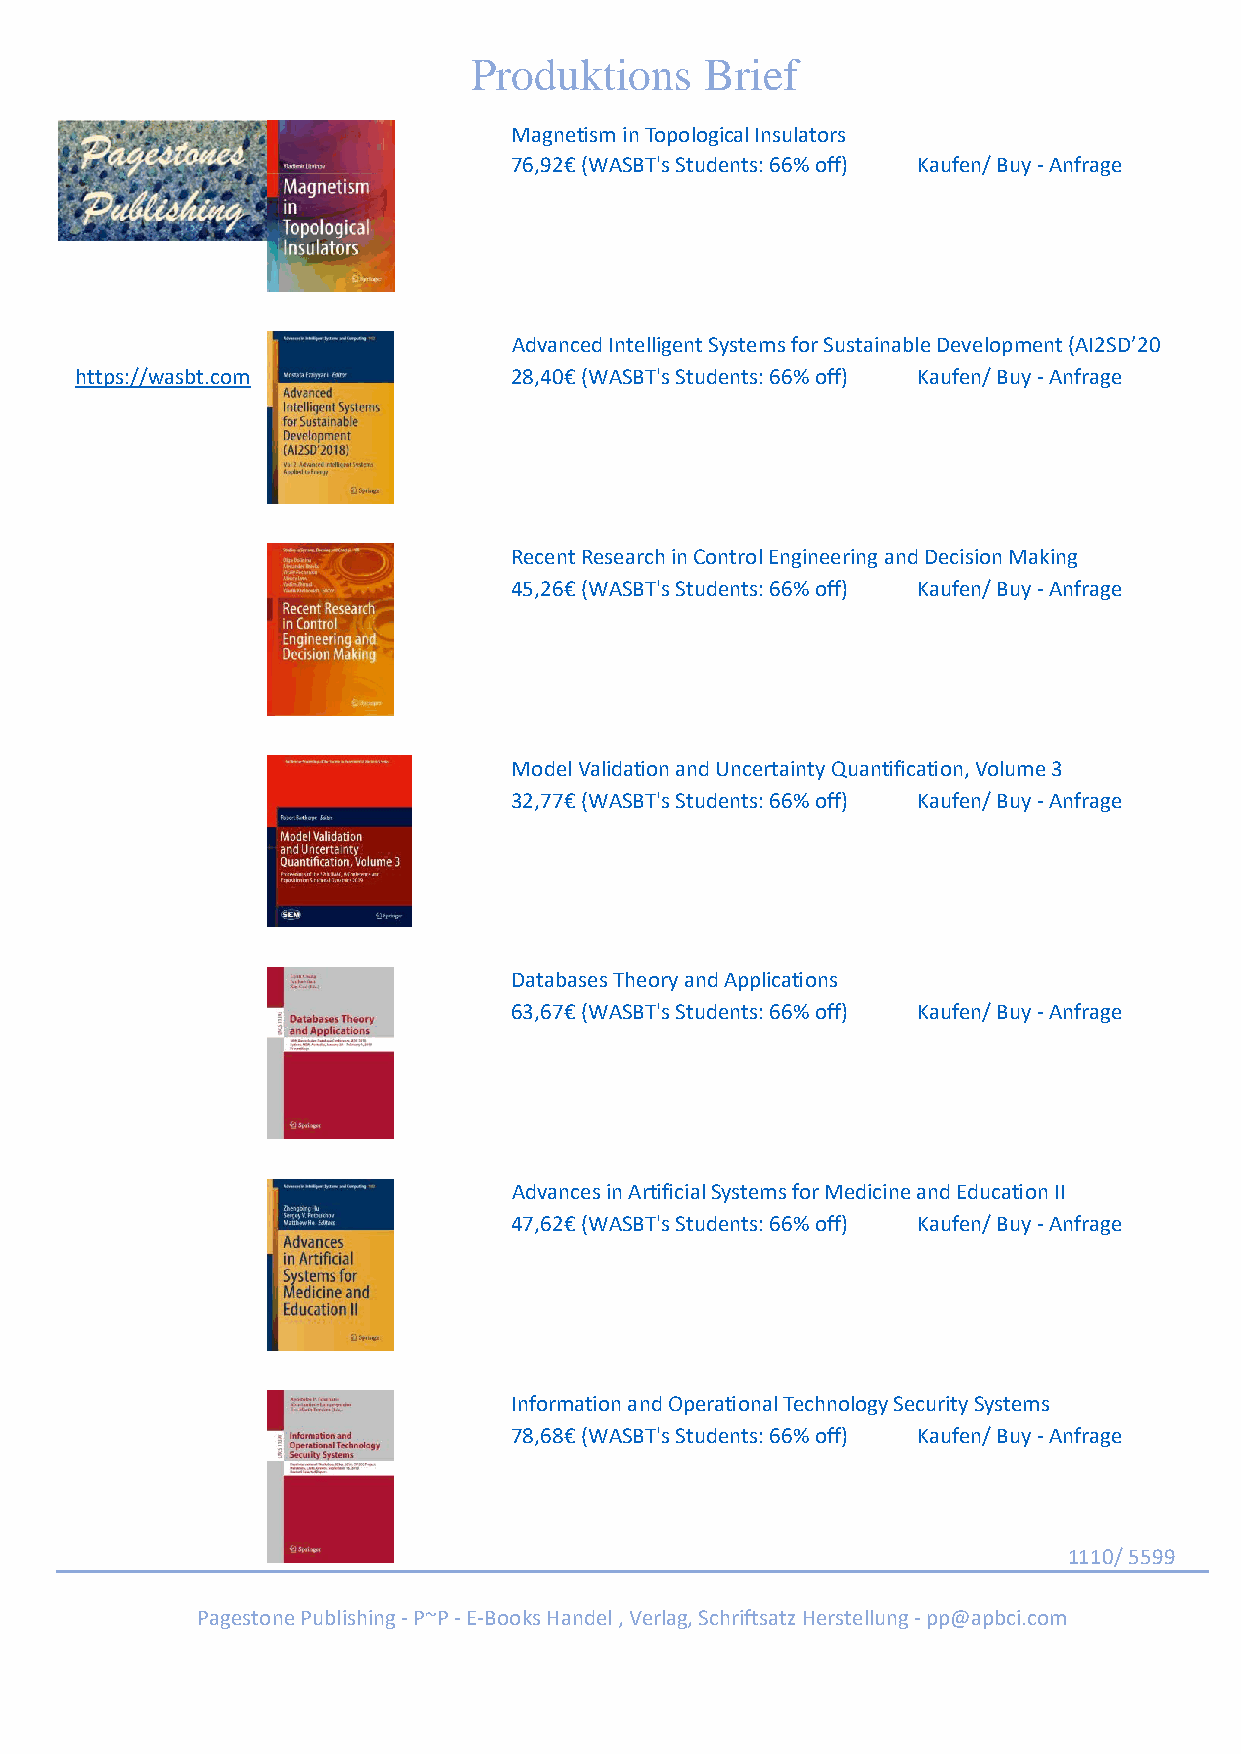
Produktions     Brief
 Magnetism in Topological Insulators
 76,92€ (WASBT's Students: 66% off) Kaufen/ Buy - Anfrage
 Advanced Intelligent Systems for Sustainable Development (AI2SD’20
 https://wasbt.com            28,40€ (WASBT's Students: 66% off) Kaufen/ Buy - Anfrage
 Recent Research in Control Engineering and Decision Making
 45,26€ (WASBT's Students: 66% off) Kaufen/ Buy - Anfrage
 Model Validation and Uncertainty Quantification, Volume 3
 32,77€ (WASBT's Students: 66% off) Kaufen/ Buy - Anfrage
 Databases Theory and Applications
 63,67€ (WASBT's Students: 66% off) Kaufen/ Buy - Anfrage
 Advances in Artificial Systems for Medicine and Education II
 47,62€ (WASBT's Students: 66% off) Kaufen/ Buy - Anfrage
 Information and Operational Technology Security Systems
 78,68€ (WASBT's Students: 66% off) Kaufen/ Buy - Anfrage
 1110/ 5599
 Pagestone Publishing - P~P - E-Books Handel , Verlag, Schriftsatz Herstellung - pp@apbci.com